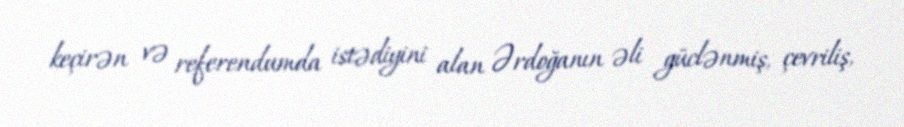
keçirən və referendumda istədiyini alan Ərdoğanın əli güclənmiş, çevriliş,